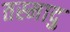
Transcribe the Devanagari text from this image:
तस्मादु